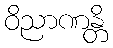
ဝိညာဏန္တိ